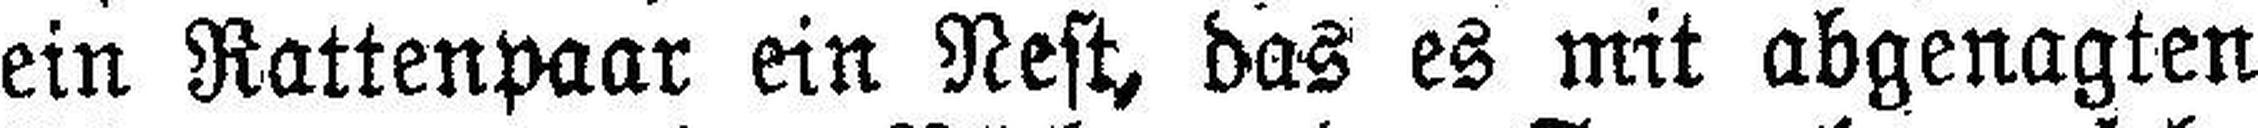
ein Rattenpaar ein Nest, das es mit abgenagten